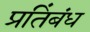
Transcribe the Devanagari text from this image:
प्रतिंबंध